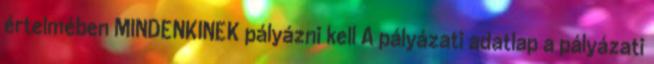
értelmében MINDENKINEK pályázni kell A pályázati adatlap a pályázati